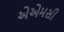
એએમસી